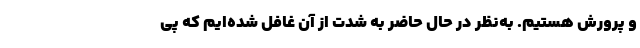
و پرورش هستیم. به‌نظر در حال حاضر به شدت از آن غافل شده‌ایم که پی